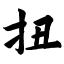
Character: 扭